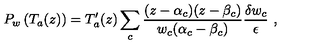
P _ { w } \left( T _ { a } ( z ) \right) = T _ { a } ^ { \prime } ( z ) \sum _ { c } \frac { ( z - \alpha _ { c } ) ( z - \beta _ { c } ) } { w _ { c } ( \alpha _ { c } - \beta _ { c } ) } \frac { \delta w _ { c } } { \epsilon } \ ,